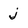
Character: j